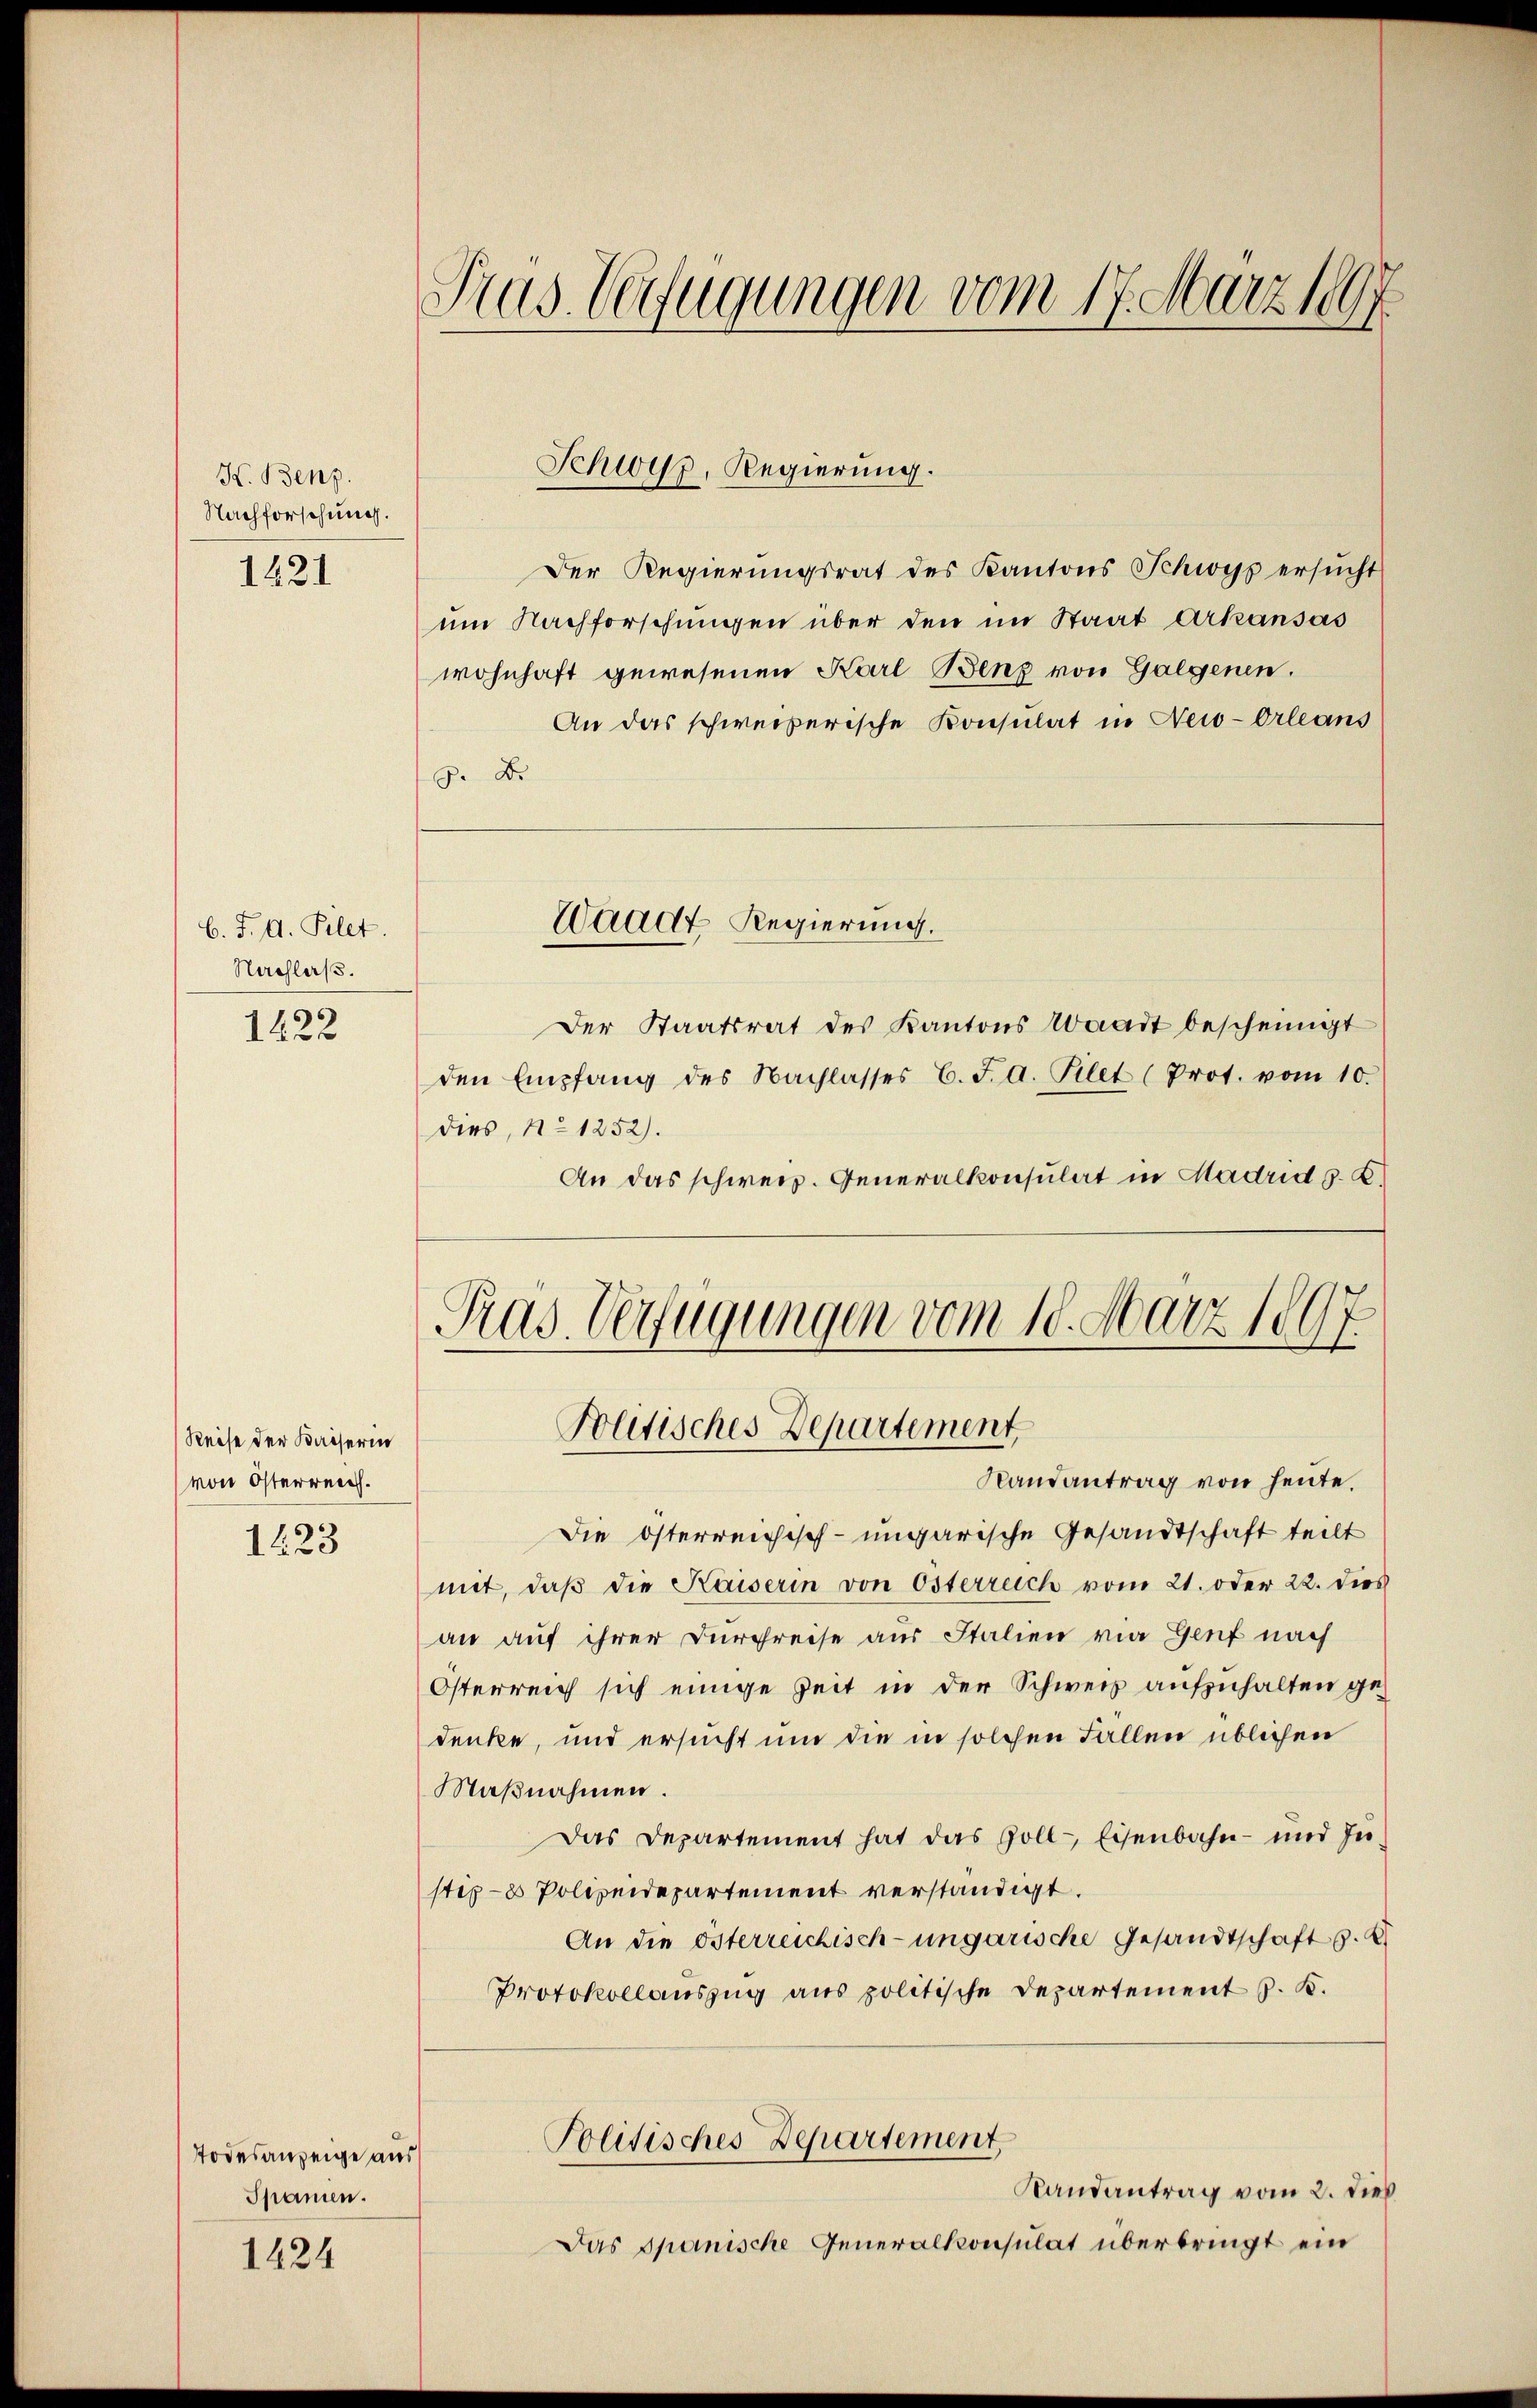
K. Benz.
Nachforschung.

1421

C. J. A. Filet.
Nachlaß.

1422

Reise der Kaiserin
von Österreich.

1623

Todesanzeige aus
Spanien.

1424

Pras Verfügungen vom 17. März 1897

Der Regierungsrat des Kantons Schwys ersŭcht
ŭm Nachforschungen über den im Staat Arkansas
wohnhaft gewesenen Karl Benz von Galgenen.
An das schweizerische Konsulat in New-Orleans
8 D
Der Staatsrat des Kantons Waadt bescheinigt
den Empfang des Nachlasses C. J. A. Filet (Prot. vom 10.
dies, No 1252).
An das schweiz. Generalkonsulat in Madrid s. B.
Pras. Verfügungen vom 10. März 18
Politisches Departement
Randantrag von heute.
Die österreichisch-ungarische Gesandtschaft teilt
mit, daß die Kaiserin von Österreich vom 21. oder 22. dies
an auf ihrer Durchreise aus Italien via Genf nach
Österreich sich einige Zeit in der Schweiz aufzuhalten gedenke, und ersucht um die in solchen Fallen üblichen
Maβnahmen.
Das Departement hat das Zoll-, Eisenbahn- und In-
stip-8 Polizeidepartement verständigt.
An die österreichisch-ungarische Gesandtschaft s. 2
Protokollauszug aus politische Departement z. B.
Politisches Departement,
Randantrag vom 2. dieß
Das spanische Generalkonsulat überbringt ein

Schwyz, Regierung.

Waadt Regierung.